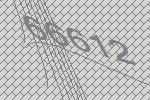
66612